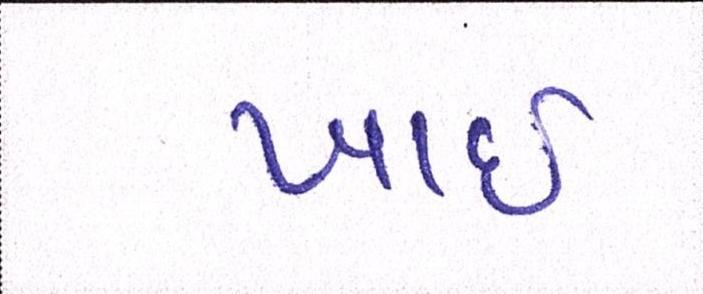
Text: ખાઈ